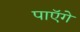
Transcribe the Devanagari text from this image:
पाएॅगे